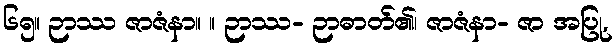
၆၅။ ဉာဿ ဇာဇံနာ။ ။ ဉာဿ- ဉာဓာတ်၏၊ ဇာဇံနာ- ဇာ အပြု,